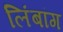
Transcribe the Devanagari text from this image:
लिंबांग